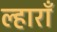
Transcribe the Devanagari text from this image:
ल्हाराँ